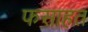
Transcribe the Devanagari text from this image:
फसाहत